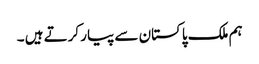
ہم ملک پاکستان سے پیار کرتے ہیں ۔